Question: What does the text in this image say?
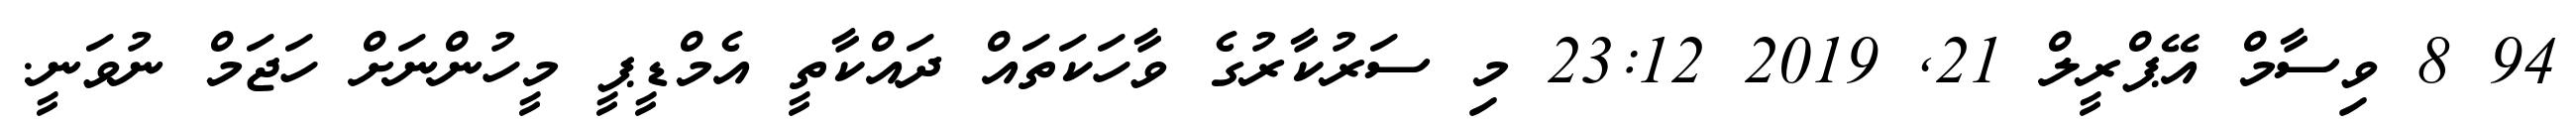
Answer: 94 8 ވިސާމް އޭޕްރީލް 21, 2019 23:12 މި ސަރުކާރުގެ ވާހަކަތައް ދައްކާތީ އެމްޑީޕީ މީހުންނަށް ހަޖަމް ނުވަނީ.